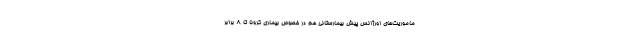
ماموریت‌های اورژانس پیش بیمارستانی هم در خصوص بیماری کرونا تا ٨ برابر